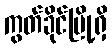
ကွတ်ခိုင်မြို့ရှိ